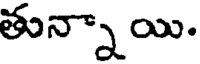
తున్నాయి.